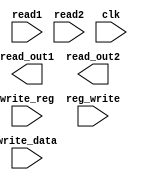
module register_file( read_out1, read_out2, read1, read2, write_reg, write_data, reg_write, clk); 
    output [15:0] read_out1;
    output [15:0] read_out2;
    input [1:0] read1;
    input [1:0] read2;
    input [1:0] write_reg;
    input [15:0] write_data;
    input reg_write;
    input clk;

endmodule